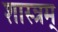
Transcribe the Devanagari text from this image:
शास्त्रम्